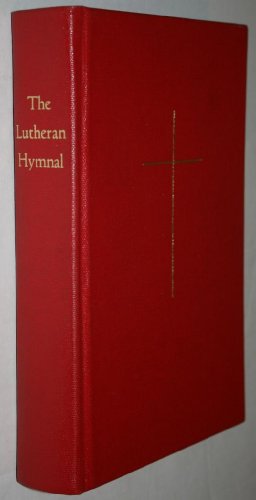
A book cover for The Lutheran Hymnal; Evangelical Lutheran Synodical Conference of North America; Christian Books & Bibles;